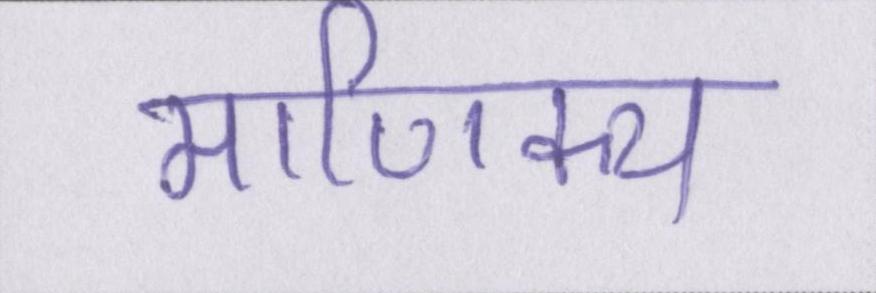
माणिक्य